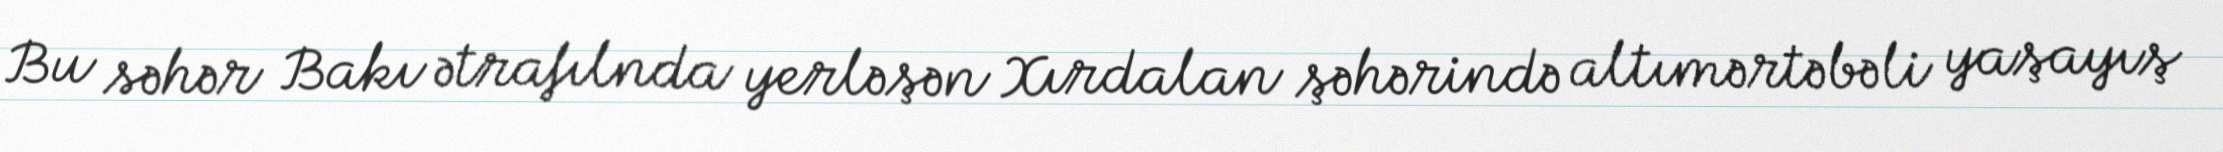
Bu səhər Bakı ətrafılnda yerləşən Xırdalan şəhərində altımərtəbəli yaşayış